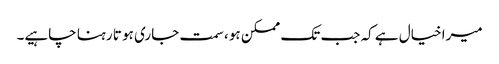
میرا خیال ہے کہ جب تک ممکن ہو ، سمت جاری ہو تا رہنا چاہیے۔